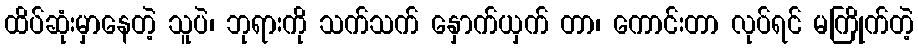
ထိပ်ဆုံးမှာနေတဲ့ သူပဲ၊ ဘုရားကို သက်သက် နှောက်ယှက် တာ၊ ကောင်းတာ လုပ်ရင် မကြိုက်တဲ့